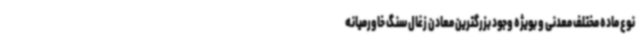
نوع ماده مختلف معدنی و بویژه وجود بزرگترین معادن زغال سنگ خاورمیانه